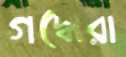
গদ্ধেরা